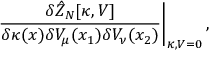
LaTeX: \left. \frac { \delta \hat { Z } _ { N } [ \kappa , V ] } { \delta \kappa ( x ) \delta V _ { \mu } ( x _ { 1 } ) \delta V _ { \nu } ( x _ { 2 } ) } \right| _ { \kappa , V = 0 } ,